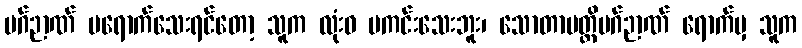
မဂ်ဉာဏ် မရောက်သေးရင်တော့ သူက လုံးဝ မကင်းသေးဘူး၊ သောတာပတ္တိမဂ်ဉာဏ် ရောက်မှ သူက